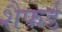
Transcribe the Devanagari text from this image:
शैफर्ड